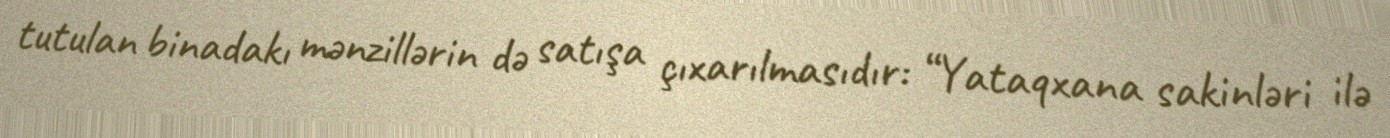
tutulan binadakı mənzillərin də satışa çıxarılmasıdır: “Yataqxana sakinləri ilə